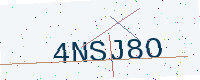
Text: 4NSJ8O